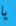
يا